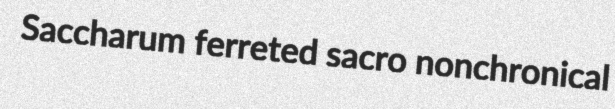
Saccharum ferreted sacro nonchronical